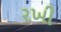
રખી